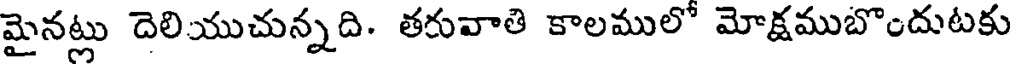
మైనట్లు దెలియుచున్నది. తరువాతి కాలములో మోక్షముబొందుటకు